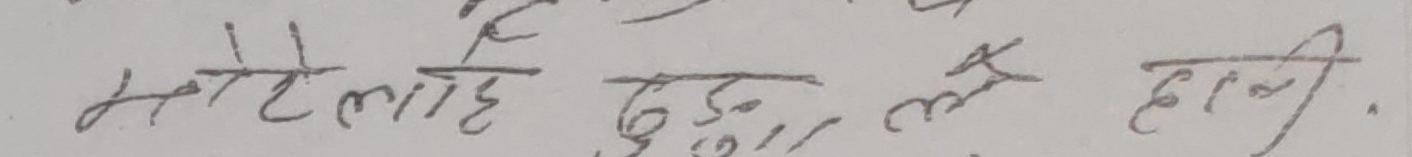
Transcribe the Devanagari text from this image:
मोटे लाहे दुः ल हानि.